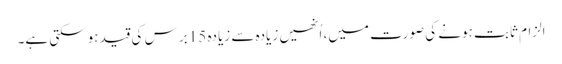
الزام ثابت ہونے کی صورت میں، اُنھیں زیادہ سے زیادہ 15 برس کی قید ہوسکتی ہے۔